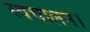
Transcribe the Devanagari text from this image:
स्वचालन।